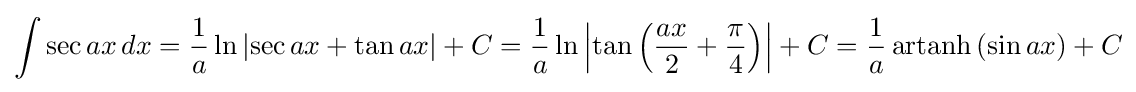
\int \sec {ax}\,dx={\frac {1}{a}}\ln {\left|\sec {ax}+\tan {ax}\right|}+C={\frac {1}{a}}\ln {\left|\tan {\left({\frac {ax}{2}}+{\frac {\pi }{4}}\right)}\right|}+C={\frac {1}{a}}\operatorname {artanh} {\left(\sin {ax}\right)}+C